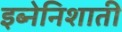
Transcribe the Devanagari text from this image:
इब्नेनिशाती